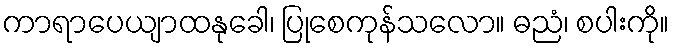
ကာရာပေယျာထနုခေါ၊ ပြုစေကုန်သလော။ ဓညံ၊ စပါးကို။